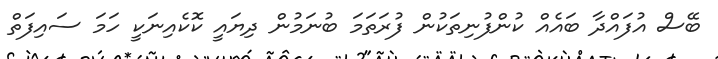
ބޭސް އުފައްދާ ބައެއް ކުންފުނިތަކުން ފުރަތަމަ ބުނަމުން ދިޔައީ ކޮކެއިނަކީ ހަމަ ސައިފަތް